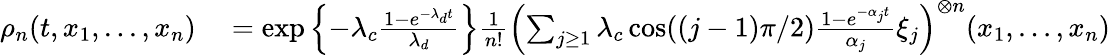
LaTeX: \begin{array}{rl}{\rho_{n}(t,x_{1},...,x_{n})}&{{}=\exp\left\{ -\lambda_{c}\frac{1-e^{-\lambda_{d}t}}{\lambda_{d}}\right\} \frac{1}{n!}\left(\sum_{j\geq 1}\lambda_{c}\cos((j-1)\pi/2)\frac{1-e^{-\alpha_{j}t}}{\alpha_{j}}\xi_{j}\right)^{\otimes n}(x_{1},...,x_{n})}\end{array}